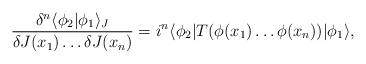
LaTeX: \begin{align*}\frac{\delta^n\langle\phi_2|\phi_1\rangle_J}{\delta J(x_1)\ldots \delta J(x_n)}= i^n \langle \phi_2|T(\phi(x_1)\ldots\phi(x_n)) |\phi_1 \rangle,\end{align*}